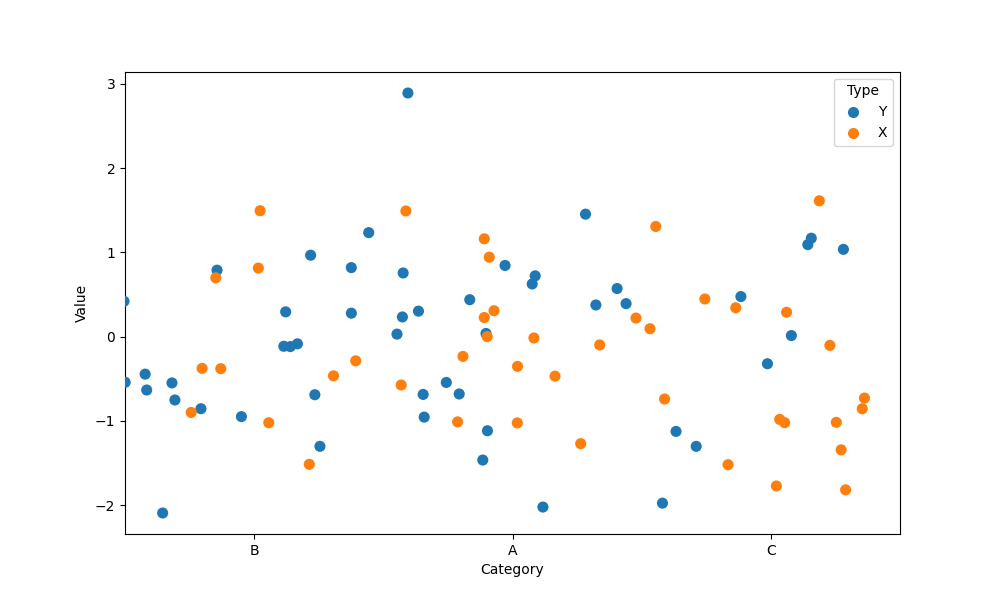
python, seaborn, stripplot, jitter=True, dodge=True, alpha=1.0, size=8